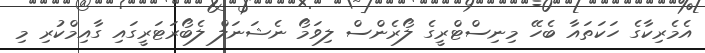
އެމެރިކާގެ ހަކަތައާ ބެހޭ މިނިސްޓްރީގެ ލޯރެންސް ލިވަމޯ ނެޝަނަލް ލެބޯރަޓަރީގައި ގާއިމްކުރި މި